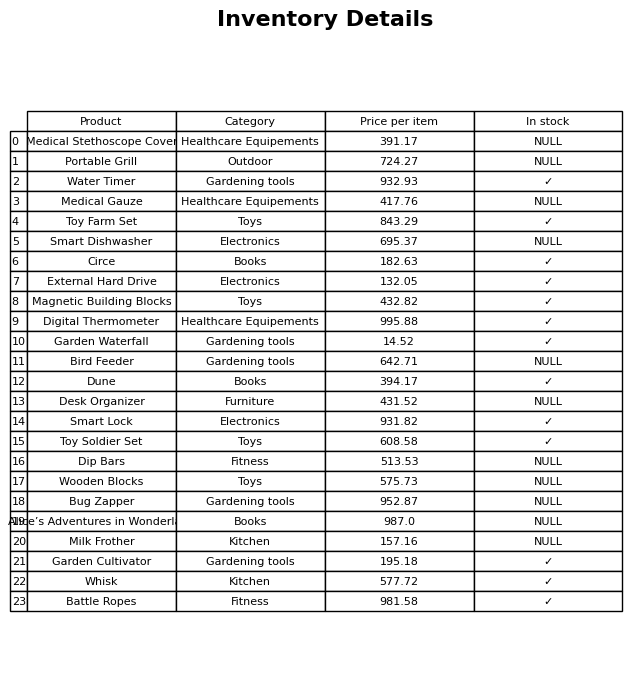
question: What is the price of the Water Timer?
answer: The price of Water Timer is 932.93.